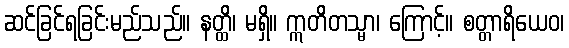
ဆင်ခြင်ရခြင်းမည်သည်။ နတ္ထိ၊ မရှိ။ ဣတိတသ္မာ၊ ကြောင့်။ စတ္တာရိယေဝ၊